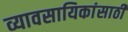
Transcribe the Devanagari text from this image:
व्यावसायिकांसाठी